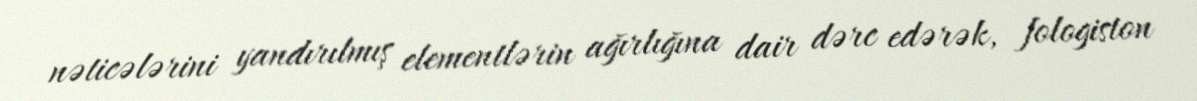
nəticələrini yandırılmış elementlərin ağırlığına dair dərc edərək, fologiston